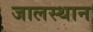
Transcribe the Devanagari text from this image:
जालस्थान